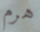
هرم